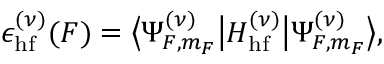
\epsilon _ { \mathrm { h f } } ^ { ( \nu ) } ( F ) = \big \langle \Psi _ { F , m _ { F } } ^ { ( \nu ) } \big | H _ { \mathrm { h f } } ^ { ( \nu ) } \big | \Psi _ { F , m _ { F } } ^ { ( \nu ) } \big \rangle ,